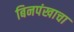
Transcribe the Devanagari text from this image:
बिनपंखाचा